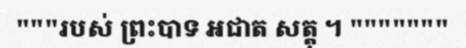
"""របស់ ព្រះបាទ អជាត សត្តុ ។ """""""